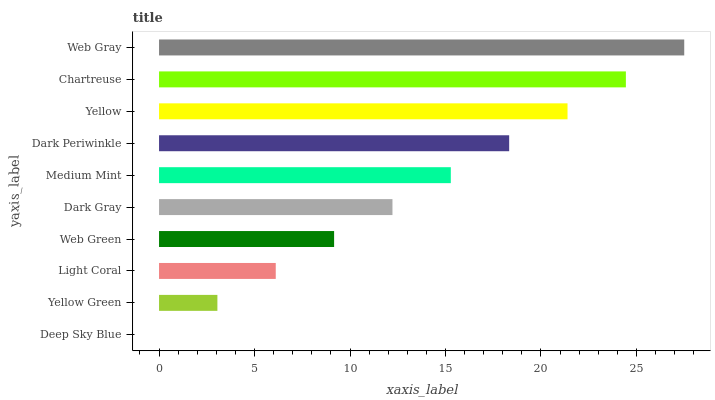
| yaxis_label | bars |
 | --- | --- |
 | Deep Sky Blue | 0 |
 | Yellow Green | 3.06 |
 | Light Coral | 6.11 |
 | Web Green | 9.17 |
 | Dark Gray | 12.2 |
 | Medium Mint | 15.3 |
 | Dark Periwinkle | 18.3 |
 | Yellow | 21.4 |
 | Chartreuse | 24.4 |
 | Web Gray | 27.5 |